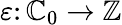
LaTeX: \varepsilon\colon\mathbb{C}_{0}\to\mathbb{{Z}}